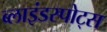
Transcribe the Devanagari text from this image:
ब्लाइंडस्पोट्स